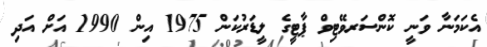
އެކަމަނާ ވަނީ ކޮންސަރވޭޓިވް ޕާޓީގެ ލީޑަރުކަން 1975 އިން 1990 އަށް އަދި